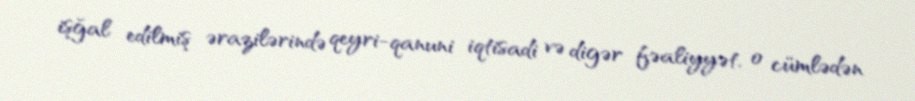
işğal edilmiş ərazilərində qeyri-qanuni iqtisadi və digər fəaliyyət, o cümlədən